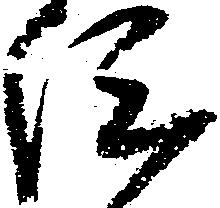
陣